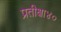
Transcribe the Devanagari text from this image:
प्रतीक्षा४०